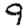
Digit: 9